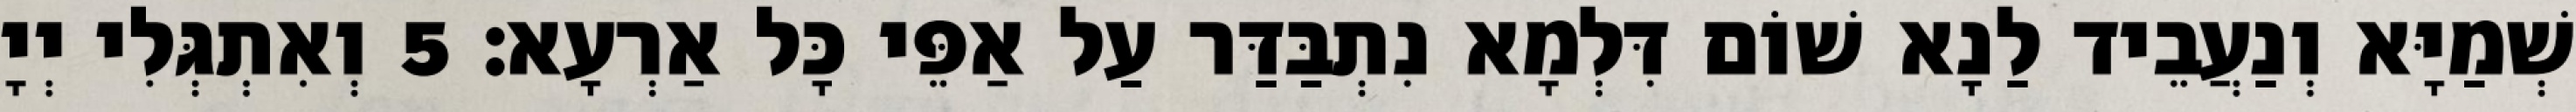
שְׁמַיָּא וְנַעֲבֵיד לַנָא שׁוֹם דִּלְמָא נִתְבַּדַּר עַל אַפֵּי כָּל אַרְעָא׃ 5 וְאִתְגְּלִי יְיָ